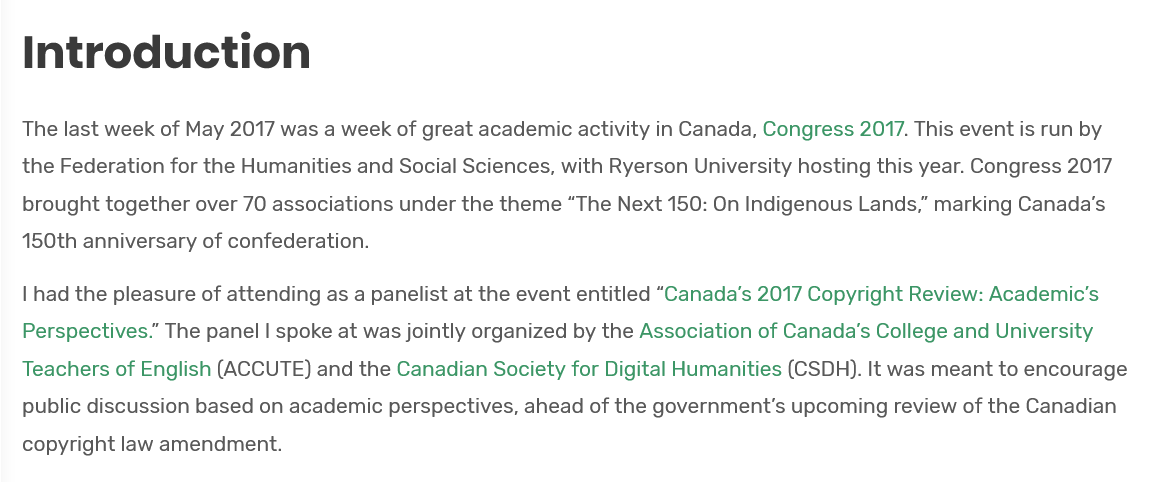
Introduction
  The last week of May 2017 was a week of great academic activity in Canada, Congress 2017. This event is run by
  the Federation for the Humanities and Social Sciences, with Ryerson University hosting this year. Congress 2017
   brought together over 70 associations under the theme “The Next 150: On Indigenous Lands,” marking Canada’s
   150th anniversary of confederation.
   | had the pleasure of attending as a panelist at the event entitled “Canada’s 2017 Copyright Review: Academic’s
   Perspectives.” The panel | spoke at was jointly organized by the Association of Canada’s College and University
  Teachers of English (ACCUTE) and the Canadian Society for Digital Humanities (CSDH). It was meant to encourage
   public discussion based on academic perspectives, ahead of the government's upcoming review of the Canadian
   copyright law amendment.